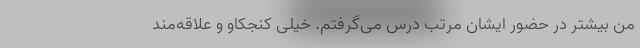
من بیشتر در حضور ایشان مرتب درس می‌گرفتم. خیلی کنجکاو و علاقه‌مند